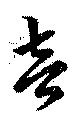
音